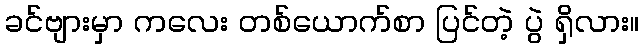
ခင်ဗျားမှာ ကလေး တစ်ယောက်စာ ပြင်တဲ့ ပွဲ ရှိလား။